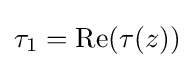
\tau _{1}=\operatorname {Re} (\tau (z))